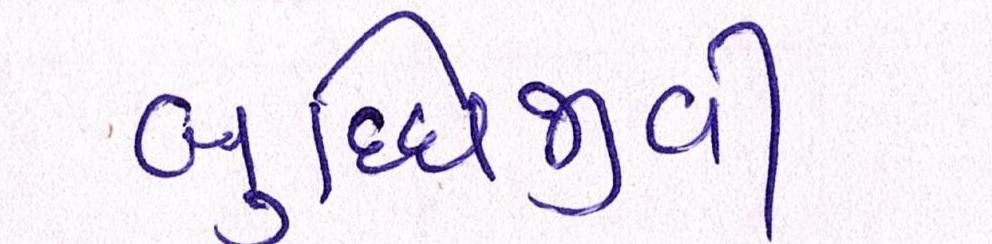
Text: બુધ્ધિજીવી